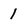
Character: 1